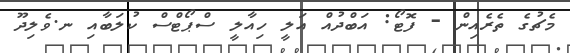
މެޗުގެ ތެރެއިން - ފޮޓޯ: އަބްދުއް އަލީ ހިއާލީ ސްޕޯޓްސް ކުލަބާއި ނ.ވެލިދޫ